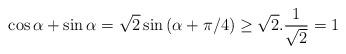
LaTeX: \begin{align*} \cos\alpha+\sin\alpha=\sqrt{2}\sin\left(\alpha+\pi/4\right)\geq \sqrt{2}.\dfrac{1}{\sqrt{2}}= 1\end{align*}